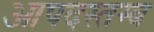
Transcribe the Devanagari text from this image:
आपदस्तम्ब